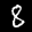
Label: 8